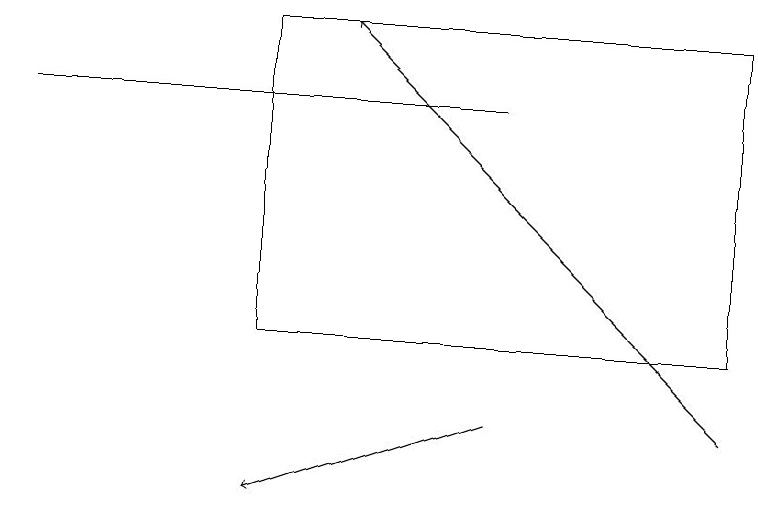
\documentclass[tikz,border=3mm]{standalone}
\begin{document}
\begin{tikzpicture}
\draw (6,15) rectangle (0,15);
\draw[->] (9,11) -- (4,16);
\draw (3,12) rectangle (9,16);
\draw[->] (6,11) -- (3,10);
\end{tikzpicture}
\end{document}